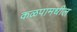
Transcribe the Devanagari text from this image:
कळपामधील